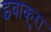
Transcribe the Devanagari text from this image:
इवाकुरा